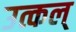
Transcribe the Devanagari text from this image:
उत्कल्